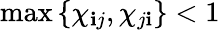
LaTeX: \operatorname*{max}\left\{ \chi_{\mathbf{i}j},\chi_{j\mathbf{i}}\right\} <1